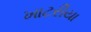
ખાટરીયા